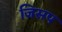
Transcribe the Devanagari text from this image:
जिसप